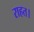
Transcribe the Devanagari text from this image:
राहत।